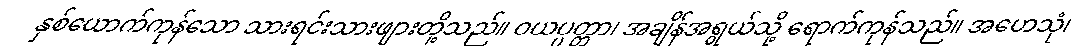
နှစ်ယောက်ကုန်သော သားရင်းသားဖျားတို့သည်။ ဝယပ္ပတ္တာ၊ အချိန်အရွယ်သို့ ရောက်ကုန်သည်။ အဟေသုံ၊